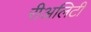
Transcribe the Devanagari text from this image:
रीअलिटी